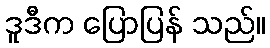
ဒူဒီက ပြောပြန် သည်။